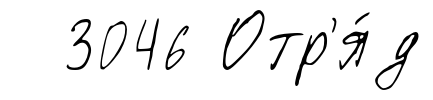
3046 Отр'я́д